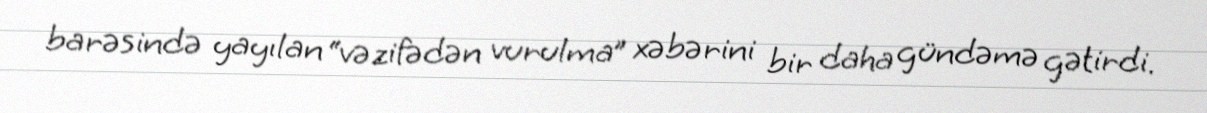
barəsində yayılan “vəzifədən vurulma” xəbərini bir daha gündəmə gətirdi.